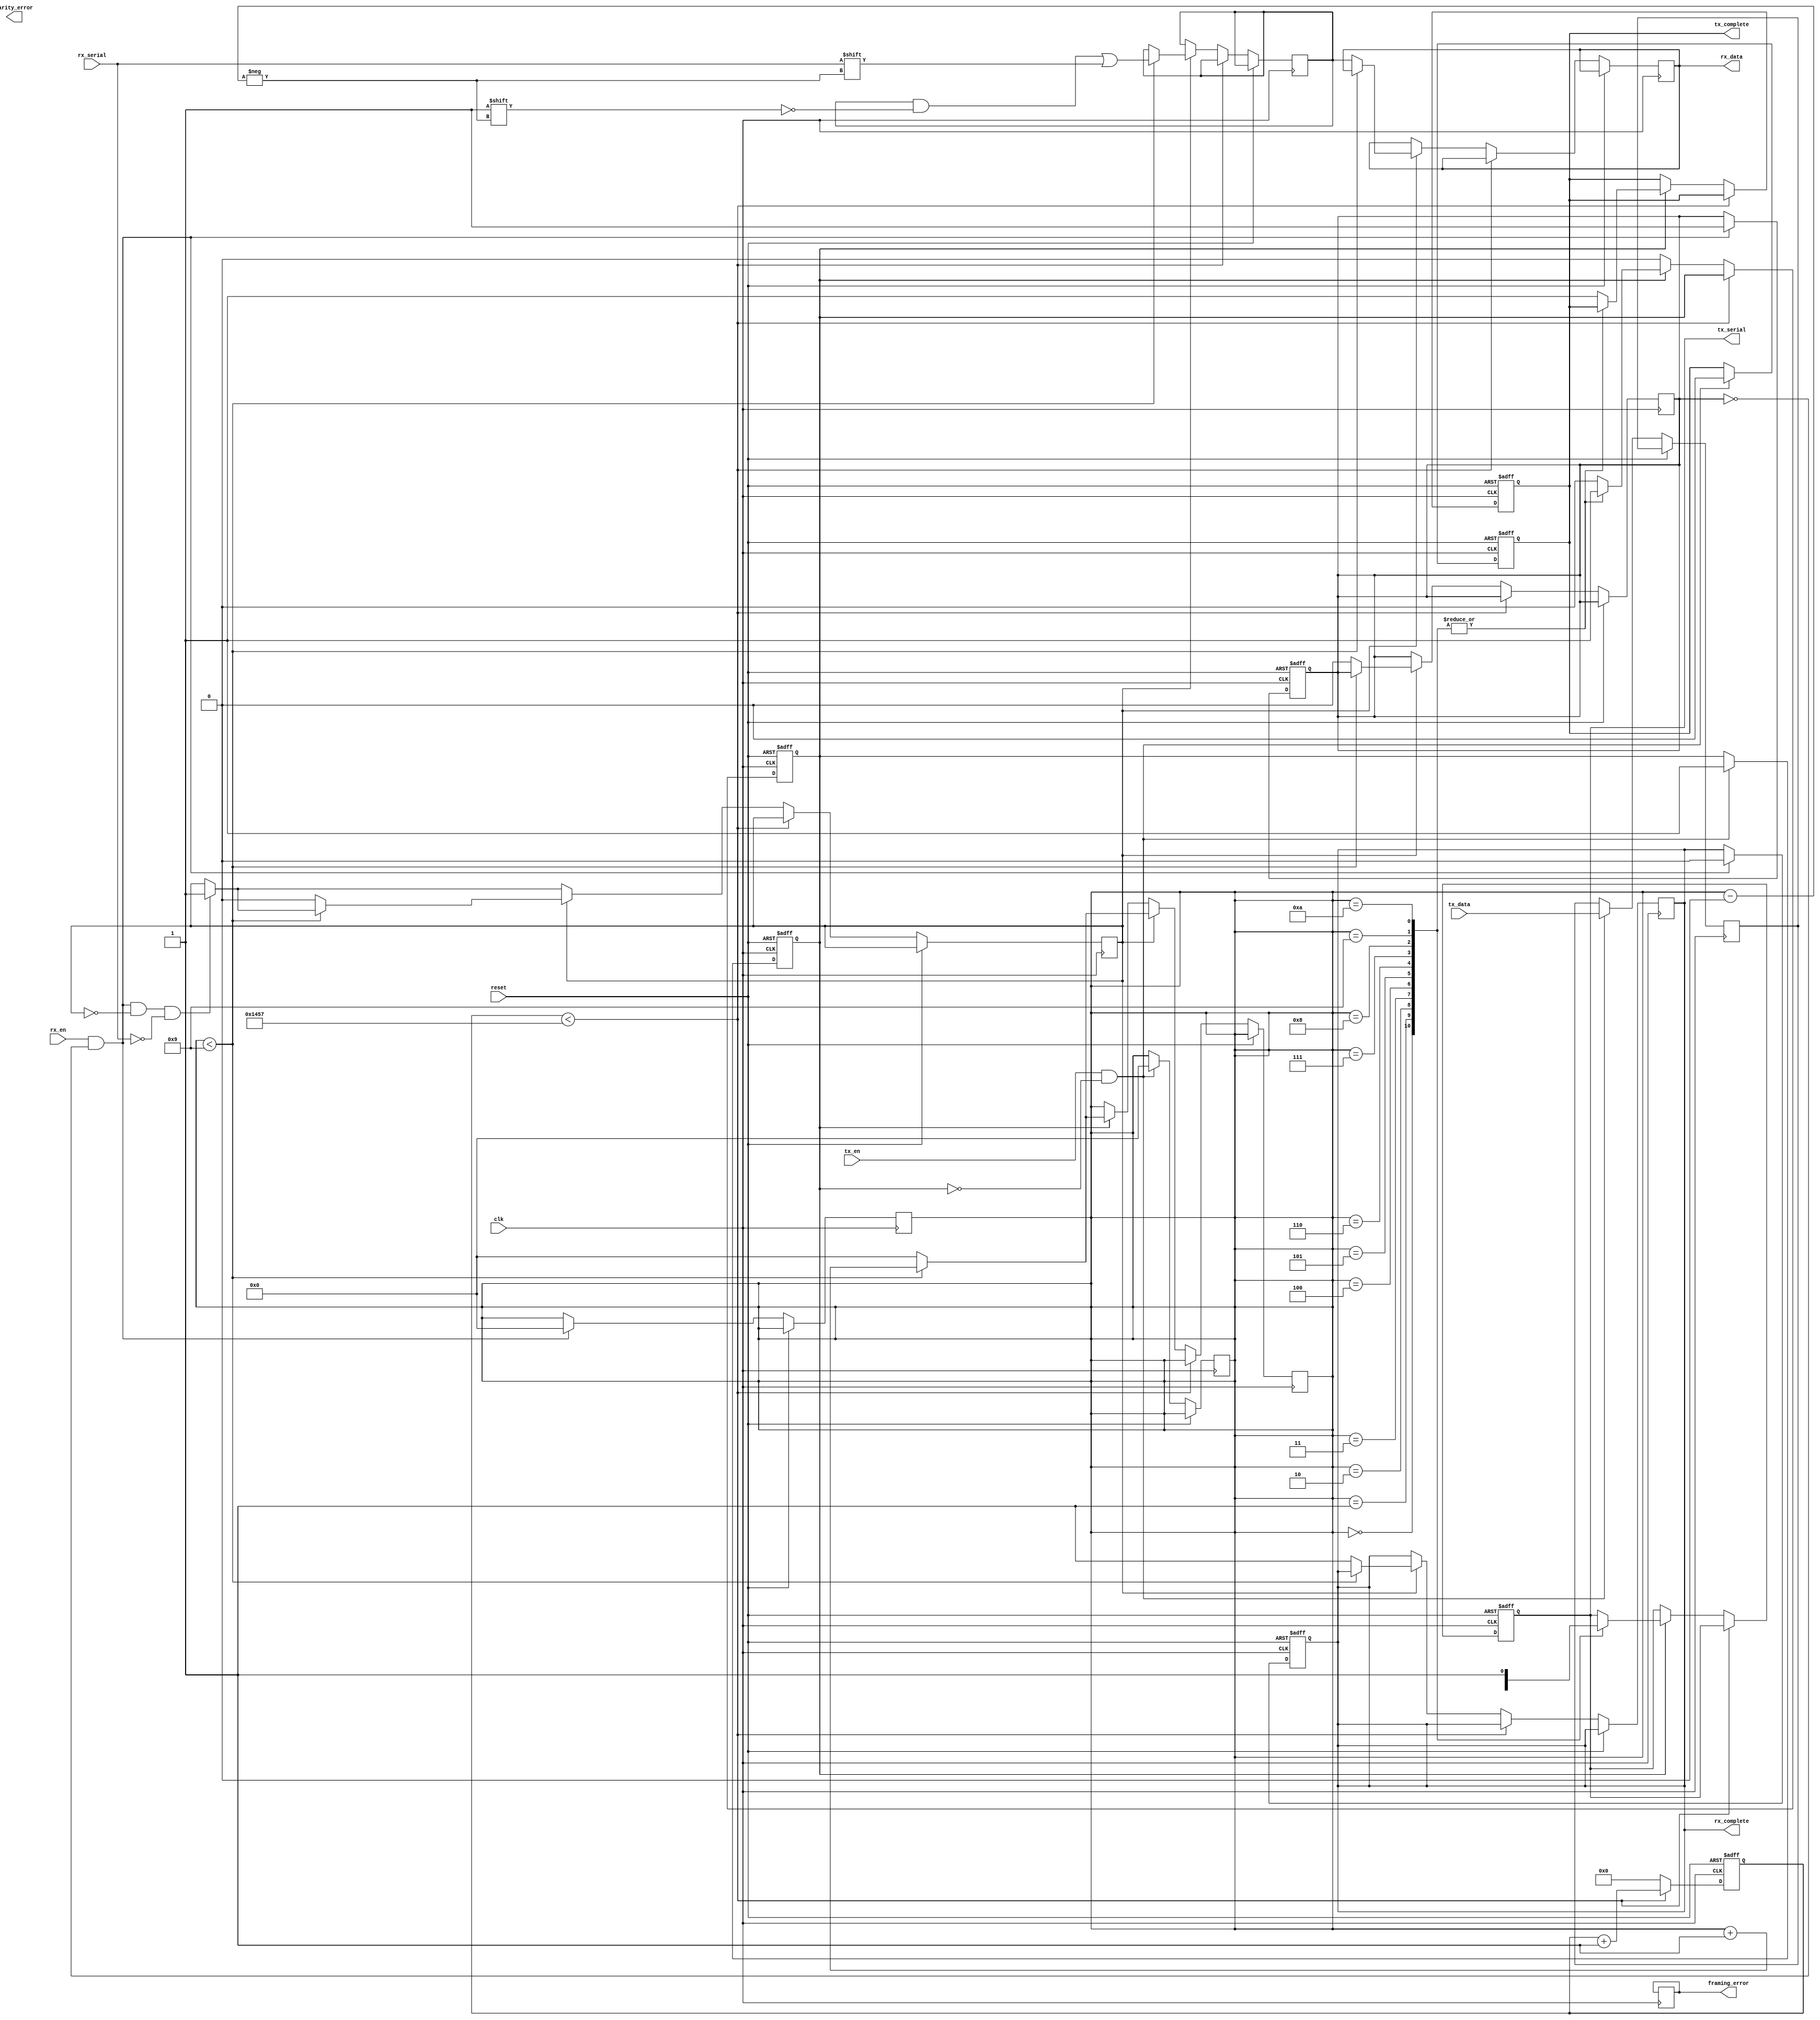
module parameterized_uart #(
    parameter DATA_WIDTH = 8,          // Data width (5 to 9 bits)
    parameter STOP_BITS = 1,            // Number of stop bits (1 or 2)
    parameter PARITY = "NONE",           // Parity: "NONE", "EVEN", "ODD"
    parameter BAUD_RATE = 9600,         // Baud rate
    parameter CLOCK_FREQ = 50000000     // System clock frequency
)(
    input wire clk,                     // System clock
    input wire reset,                   // Asynchronous reset
    input wire [DATA_WIDTH-1:0] tx_data, // Data to transmit
    input wire tx_en,                   // Transmit enable
    output reg tx_serial,               // Serial transmit output
    output reg tx_complete,             // Transmit complete signal
    input wire rx_serial,               // Serial receive input
    input wire rx_en,                   // Receive enable
    output reg [DATA_WIDTH-1:0] rx_data, // Received data output
    output reg rx_complete,             // Receive complete signal
    output reg framing_error,           // Framing error signal
    output reg parity_error             // Parity error signal
);

    // Internal parameters and registers
    localparam CLOCK_DIV = CLOCK_FREQ / BAUD_RATE;
    reg [15:0] clock_count;             // Clock divider counter
    reg [3:0] bit_index;                // Bit index for transmitting/receiving
    reg [DATA_WIDTH-1:0] tx_buffer;     // Transmit buffer
    reg [DATA_WIDTH-1:0] rx_buffer;     // Receive buffer
    reg transmitting;                   // Transmitting state
    reg receiving;                      // Receiving state
    reg [1:0] stop_bit_count;           // Count for stop bits
    reg parity_bit;                     // Parity bit for transmission
    reg rx_start;                       // Start bit detection

    // Baud rate clock generation
    always @(posedge clk or posedge reset) begin
        if (reset) begin
            clock_count <= 0;
            tx_serial <= 1; // Idle state
            transmitting <= 0;
            tx_complete <= 0;
        end else begin
            if (clock_count < CLOCK_DIV - 1) begin
                clock_count <= clock_count + 1;
            end else begin
                clock_count <= 0;

                // Handle Transmitter
                if (transmitting) begin
                    case (bit_index)
                        0: tx_serial <= 0; // Start bit
                        1: tx_serial <= tx_buffer[0]; // Data bits
                        2: tx_serial <= tx_buffer[1];
                        3: tx_serial <= tx_buffer[2];
                        4: tx_serial <= tx_buffer[3];
                        5: tx_serial <= tx_buffer[4];
                        6: tx_serial <= tx_buffer[5];
                        7: tx_serial <= tx_buffer[6];
                        8: tx_serial <= tx_buffer[7];
                        9: tx_serial <= parity_bit; // Parity bit
                        10: tx_serial <= 1; // Stop bits
                        default: begin
                            tx_complete <= 1;
                            transmitting <= 0;
                        end
                    endcase

                    if (bit_index < (DATA_WIDTH + (PARITY != "NONE") + STOP_BITS)) begin
                        bit_index <= bit_index + 1;
                    end else begin
                        bit_index <= 0; // Reset for next transmission
                    end
                end

                // Handle Receiver
                if (rx_en && !receiving && !rx_start && !rx_serial) begin
                    rx_start <= 1; // Start bit detected
                end

                if (rx_start) begin
                    if (bit_index < (DATA_WIDTH + (PARITY != "NONE") + STOP_BITS)) begin
                        rx_buffer[bit_index] <= rx_serial; // Shift in received bits
                        bit_index <= bit_index + 1;
                    end else begin
                        // Check for errors
                        if (STOP_BITS == 2 && rx_serial != 1) framing_error <= 1;
                        // Implement parity checking if needed
                        // ...
                        rx_data <= rx_buffer; // Output received data
                        rx_complete <= 1; // Indicate complete reception
                        receiving <= 0; // Reset receiving
                        rx_start <= 0; // Reset start signal
                        bit_index <= 0; // Reset bit index
                    end
                end
            end
        end
    end

    // Transmit Enable Logic
    always @(posedge clk or posedge reset) begin
        if (reset) begin
            transmitting <= 0;
            tx_complete <= 0;
        end else if (tx_en && !transmitting) begin
            tx_buffer <= tx_data; // Load data for transmission
            // Calculate parity bit if enabled
            // ...
            transmitting <= 1; // Start transmission
            tx_complete <= 0; // Clear transmit complete
            bit_index <= 0; // Reset bit index
        end
    end

    // Receive Enable Logic
    always @(posedge clk or posedge reset) begin
        if (reset) begin
            receiving <= 0;
            rx_complete <= 0;
        end else if (rx_en && !receiving) begin
            receiving <= 1; // Start receiving
            rx_complete <= 0; // Clear receive complete
            bit_index <= 0; // Reset bit index
        end
    end

endmodule